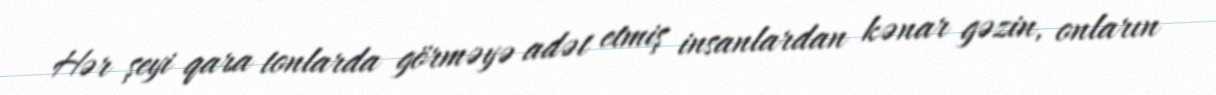
Hər şeyi qara tonlarda görməyə adət etmiş insanlardan kənar gəzin, onların